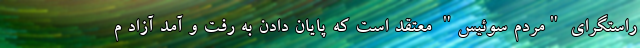
راستگرای "مردم سوئیس" معتقد است که پایان دادن به رفت و آمد آزاد م